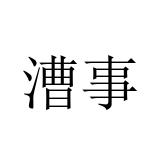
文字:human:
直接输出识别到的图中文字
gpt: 漕事